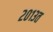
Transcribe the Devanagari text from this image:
२०१३त